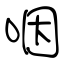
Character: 咽